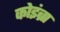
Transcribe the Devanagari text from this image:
कोइंब्रा